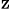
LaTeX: \mathrm{^z}